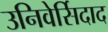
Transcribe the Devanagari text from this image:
उनिवेर्सिदाद